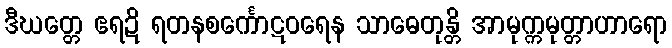
ဒီဃတ္တေ ဧရဍိ ရတနစင်္ကောဋဝရေန သာဓေတုန္တိ အာမုက္ကမုတ္တာဟာရော